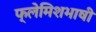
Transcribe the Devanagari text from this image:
फ्लेमिशभाषी